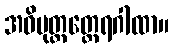
အဓိမုတ္တတ္တေရဂါထာ။